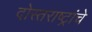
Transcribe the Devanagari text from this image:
दोस्तराष्ट्रांचे